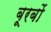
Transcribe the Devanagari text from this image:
बूरबों